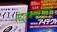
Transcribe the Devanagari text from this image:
सत्कार्यज